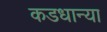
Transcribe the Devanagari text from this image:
कडधान्या